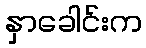
နှာခေါင်းက